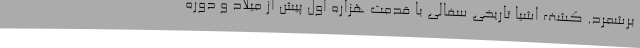
برشمرد. کشف اشیا تاریخی سفالی با قدمت هزاره اول پیش از میلاد و دوره